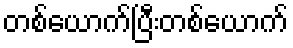
တစ်ယောက်ပြီးတစ်ယောက်